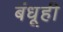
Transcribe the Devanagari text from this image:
बंधूही